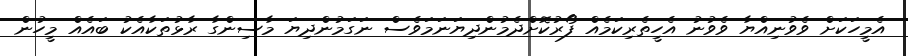
އެމީހަކަށް ވެވުނިއްޔާ ވެވުނު އެހީތެރިކަމެއް ފޯރުކޮށްދެމުންދިޔަނަމަވެސް ނަގަމުންދިޔަ މާސިންގާ ރާޅުތަކާއެކު ބައެއް މީހުން